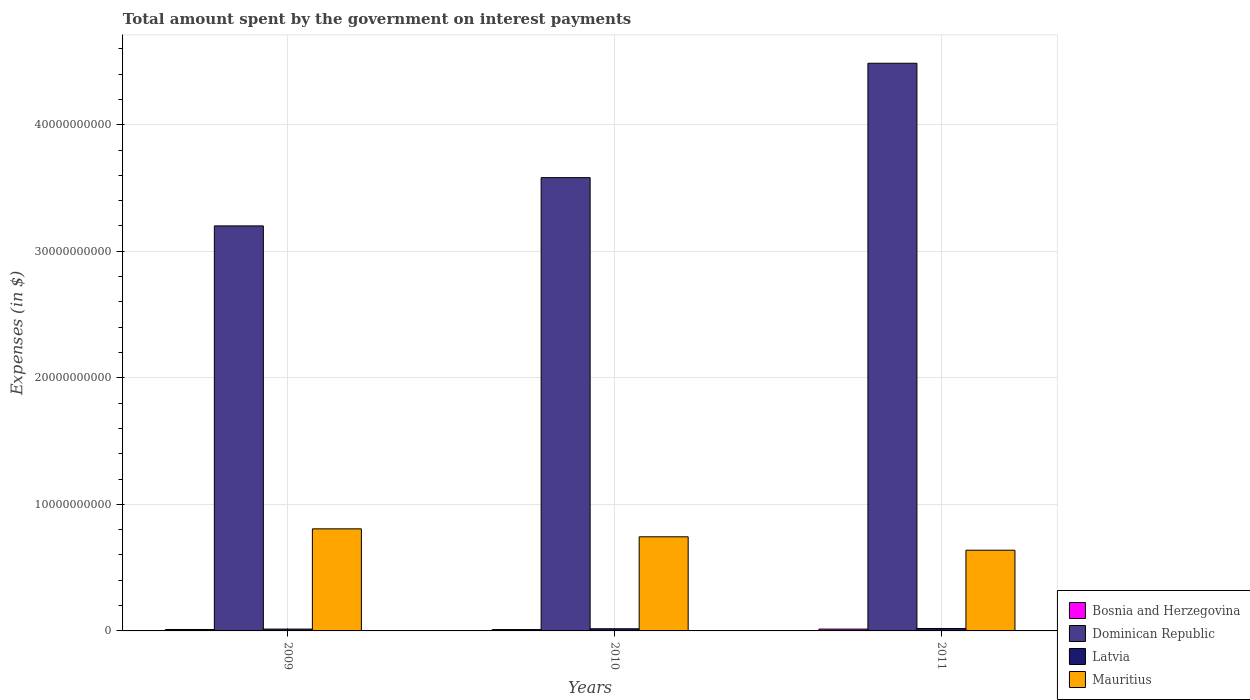
| Years | Bosnia and Herzegovina | Dominican Republic | Latvia | Mauritius |
 | --- | --- | --- | --- | --- |
 | 2009 | 1.13e+08 | 3.2e+10 | 1.44e+08 | 8.07e+09 |
 | 2010 | 1.08e+08 | 3.58e+10 | 1.7e+08 | 7.44e+09 |
 | 2011 | 1.44e+08 | 4.49e+10 | 1.91e+08 | 6.38e+09 |